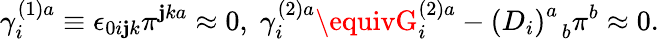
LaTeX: \gamma_{i}^{(1)a}\equiv\epsilon_{0i\mathbf{j}k}\pi^{\mathbf{j}ka}\approx0,\; \gamma_{i}^{(2)a}\equivG_{i}^{(2)a}-\left(D_{i}\right)_{\; \; b}^{a}\pi^{b}\approx0.